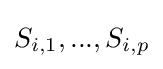
S_{i,1},...,S_{i,p}